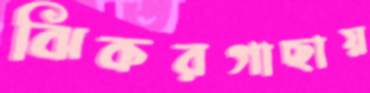
ঝিকরগাছায়